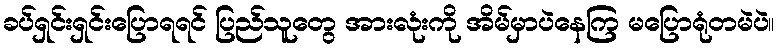
ခပ်ရှင်းရှင်းပြောရရင် ပြည်သူတွေ အားလုံးကို အိမ်မှာပဲနေကြ မပြောရုံတမဲပဲ။